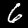
Label: 6